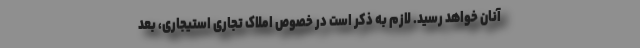
آنان خواهد رسید. لازم به ذکر است در خصوص املاک تجاری استیجاری، بعد